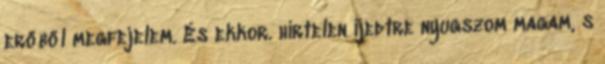
erőből megfejelem. És ekkor. hirtelen ijedtre nyugszom magam, s